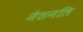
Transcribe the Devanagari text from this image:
नैशनलि